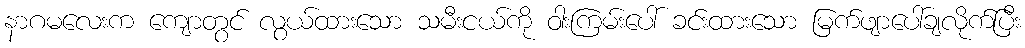
နာဂမလေးက ကျောတွင် လွယ်ထားသော သမီးငယ်ကို ဝါးကြမ်းပေါ် ခင်းထားသော မြက်ဖျာပေါ်ချလိုက်ပြီး